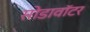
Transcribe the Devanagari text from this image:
सोडावॉटर